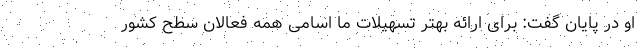
او در پایان گفت: برای ارائه بهتر تسهیلات ما اسامی همه فعالان سطح کشور